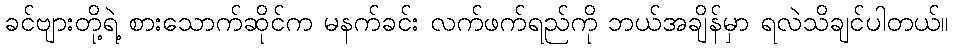
ခင်ဗျားတို့ရဲ့ စားသောက်ဆိုင်က မနက်ခင်း လက်ဖက်ရည်ကို ဘယ်အချိန်မှာ ရလဲသိချင်ပါတယ်။